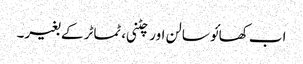
اب کھائو سالن اور چٹنی، ٹماٹر کے بغیر۔